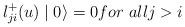
LaTeX: \begin{align*}l_{ji}^{+}(u)\mid0\rangle=0for\ allj>i\end{align*}